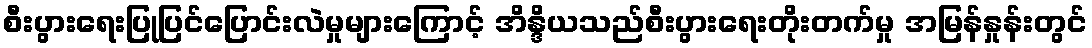
စီးပွားရေးပြုပြင်ပြောင်းလဲမှုများကြောင့် အိန္ဒိယသည်စီးပွားရေးတိုးတက်မှု အမြန်နှုန်းတွင်